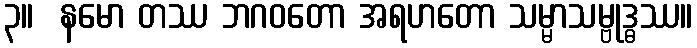
၃။  နမော တဿ ဘဂဝတော အရဟတော သမ္မာသမ္ဗုဒ္ဓဿ။